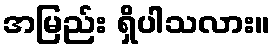
အမြည်း ရှိပါသလား။